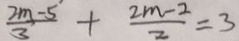
\frac { 2 m - 5 } { 3 } + \frac { 2 m - 2 } { 2 } = 3